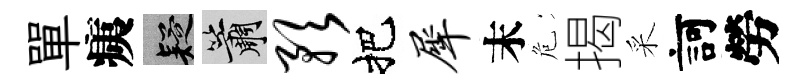
單痍疑簫预把犀末危揭采訶勞